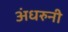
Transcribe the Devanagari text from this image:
अंधरुनी